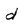
Character: d